Annual returns of the Patna Lunatic Asylum at Bankipore in Bihar and Orissa - 1912-1924
Year: 1912
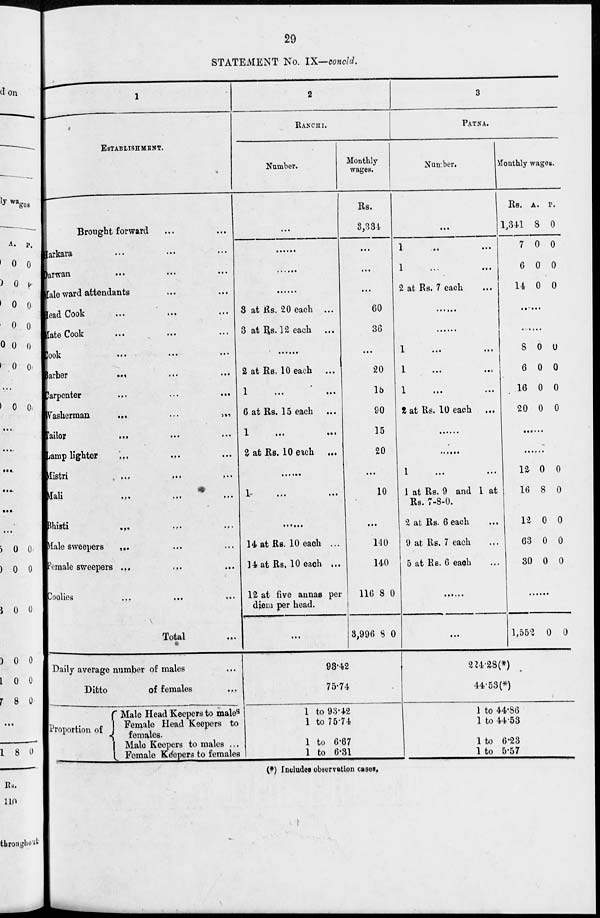
29
STATEMENT No. IX—concld.
1
ESTABLISHMENT.
Brought forward ... ...
Harkara ... ... ...
Darwan ... ... ...
Male ward attendants ... ...
Head Cook ... ... ...
Mate Cook ... ... ...
Cook
...
...
...
Barber
...
...
...
Carpenter ... ... ...
Washerman.
...
...
...
Tailor ... ... ...
Lamp lighter
...
...
...
Mistri ... ... ...
Mali ... ... ...
Bhisti ... ... ...
Male sweepers ... ... ...
Female sweepers ... ... ...
Coolies ... ... ...
Total ...
2
RANCHI.
Number.
...
.......
.......
.......
3 at Rs. 20 each ...
3 at Rs. 12 each ...
......
2 at Rs. 10 each ...
1
...
...
6 at Rs. 15 each ...
1
...
...
2 at Rs. 10 each ...
......
1 ... ...
......
14 at Rs. 10 each ...
14 at Rs. 10 each ...
12 at five annas per
diem per head.
...
Monthly
wages
Rs.
3,334
...
...
...
60
36
...
20
15
90
15
20
...
10
...
140
140
116
3,990
8
8
0
0
3
PATNA.
Nunber.
...
1
...
...
1 ... ...
2 at Rs. 7 each ...
......
......
1
...
...
1
...
...
1 ... ...
2 at Rs. 10 each
......
......
1
...
...
1 at Rs. 9 and 1 at
Rs. 7-8-0.
2 at Rs. 6 each ...
9 at Rs. 7 each ...
5 at Rs. 6 each ...
......
...
Monthly wages.
Rs.
1,341
7
6
14
A.
8
0
0
0
P.
0
0
0
0
......
......
8
6
16
20
0
0
0
0
0
0
0
0
......
......
12
16
12
63
30
0
8
0
0
0
0
0
0
0
0
......
1,552 0 0
Daily average number of males ...
Ditto
of females ...
Proportion of
Male Head Keepers to males
Female Head Keepers to
females.
Male Keepers to males ...
Female Kéepers to females
98.42
75.74
1 to 93.42
1 to 75.74
1 to 6.67
1 to 6.31
224.28(*)
44.53(*)
1 to 44.86
1 to 44.53
1 to 6.23
1 to 5.57
(*) Includes observation cases.